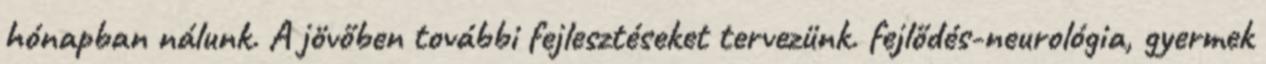
hónapban nálunk. A jövőben további fejlesztéseket tervezünk. fejlődés-neurológia, gyermek